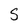
Character: S